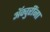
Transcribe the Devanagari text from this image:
ॲक्चुरींना